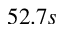
5 2 . 7 s